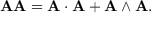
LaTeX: \mathbf { A } \mathbf { A } = \mathbf { A } \cdot \mathbf { A } + \mathbf { A } \wedge \mathbf { A } .